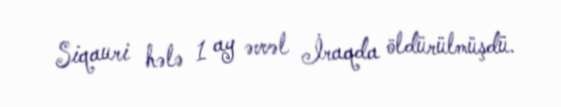
Siqauri hələ 1 ay əvvəl İraqda öldürülmüşdü.